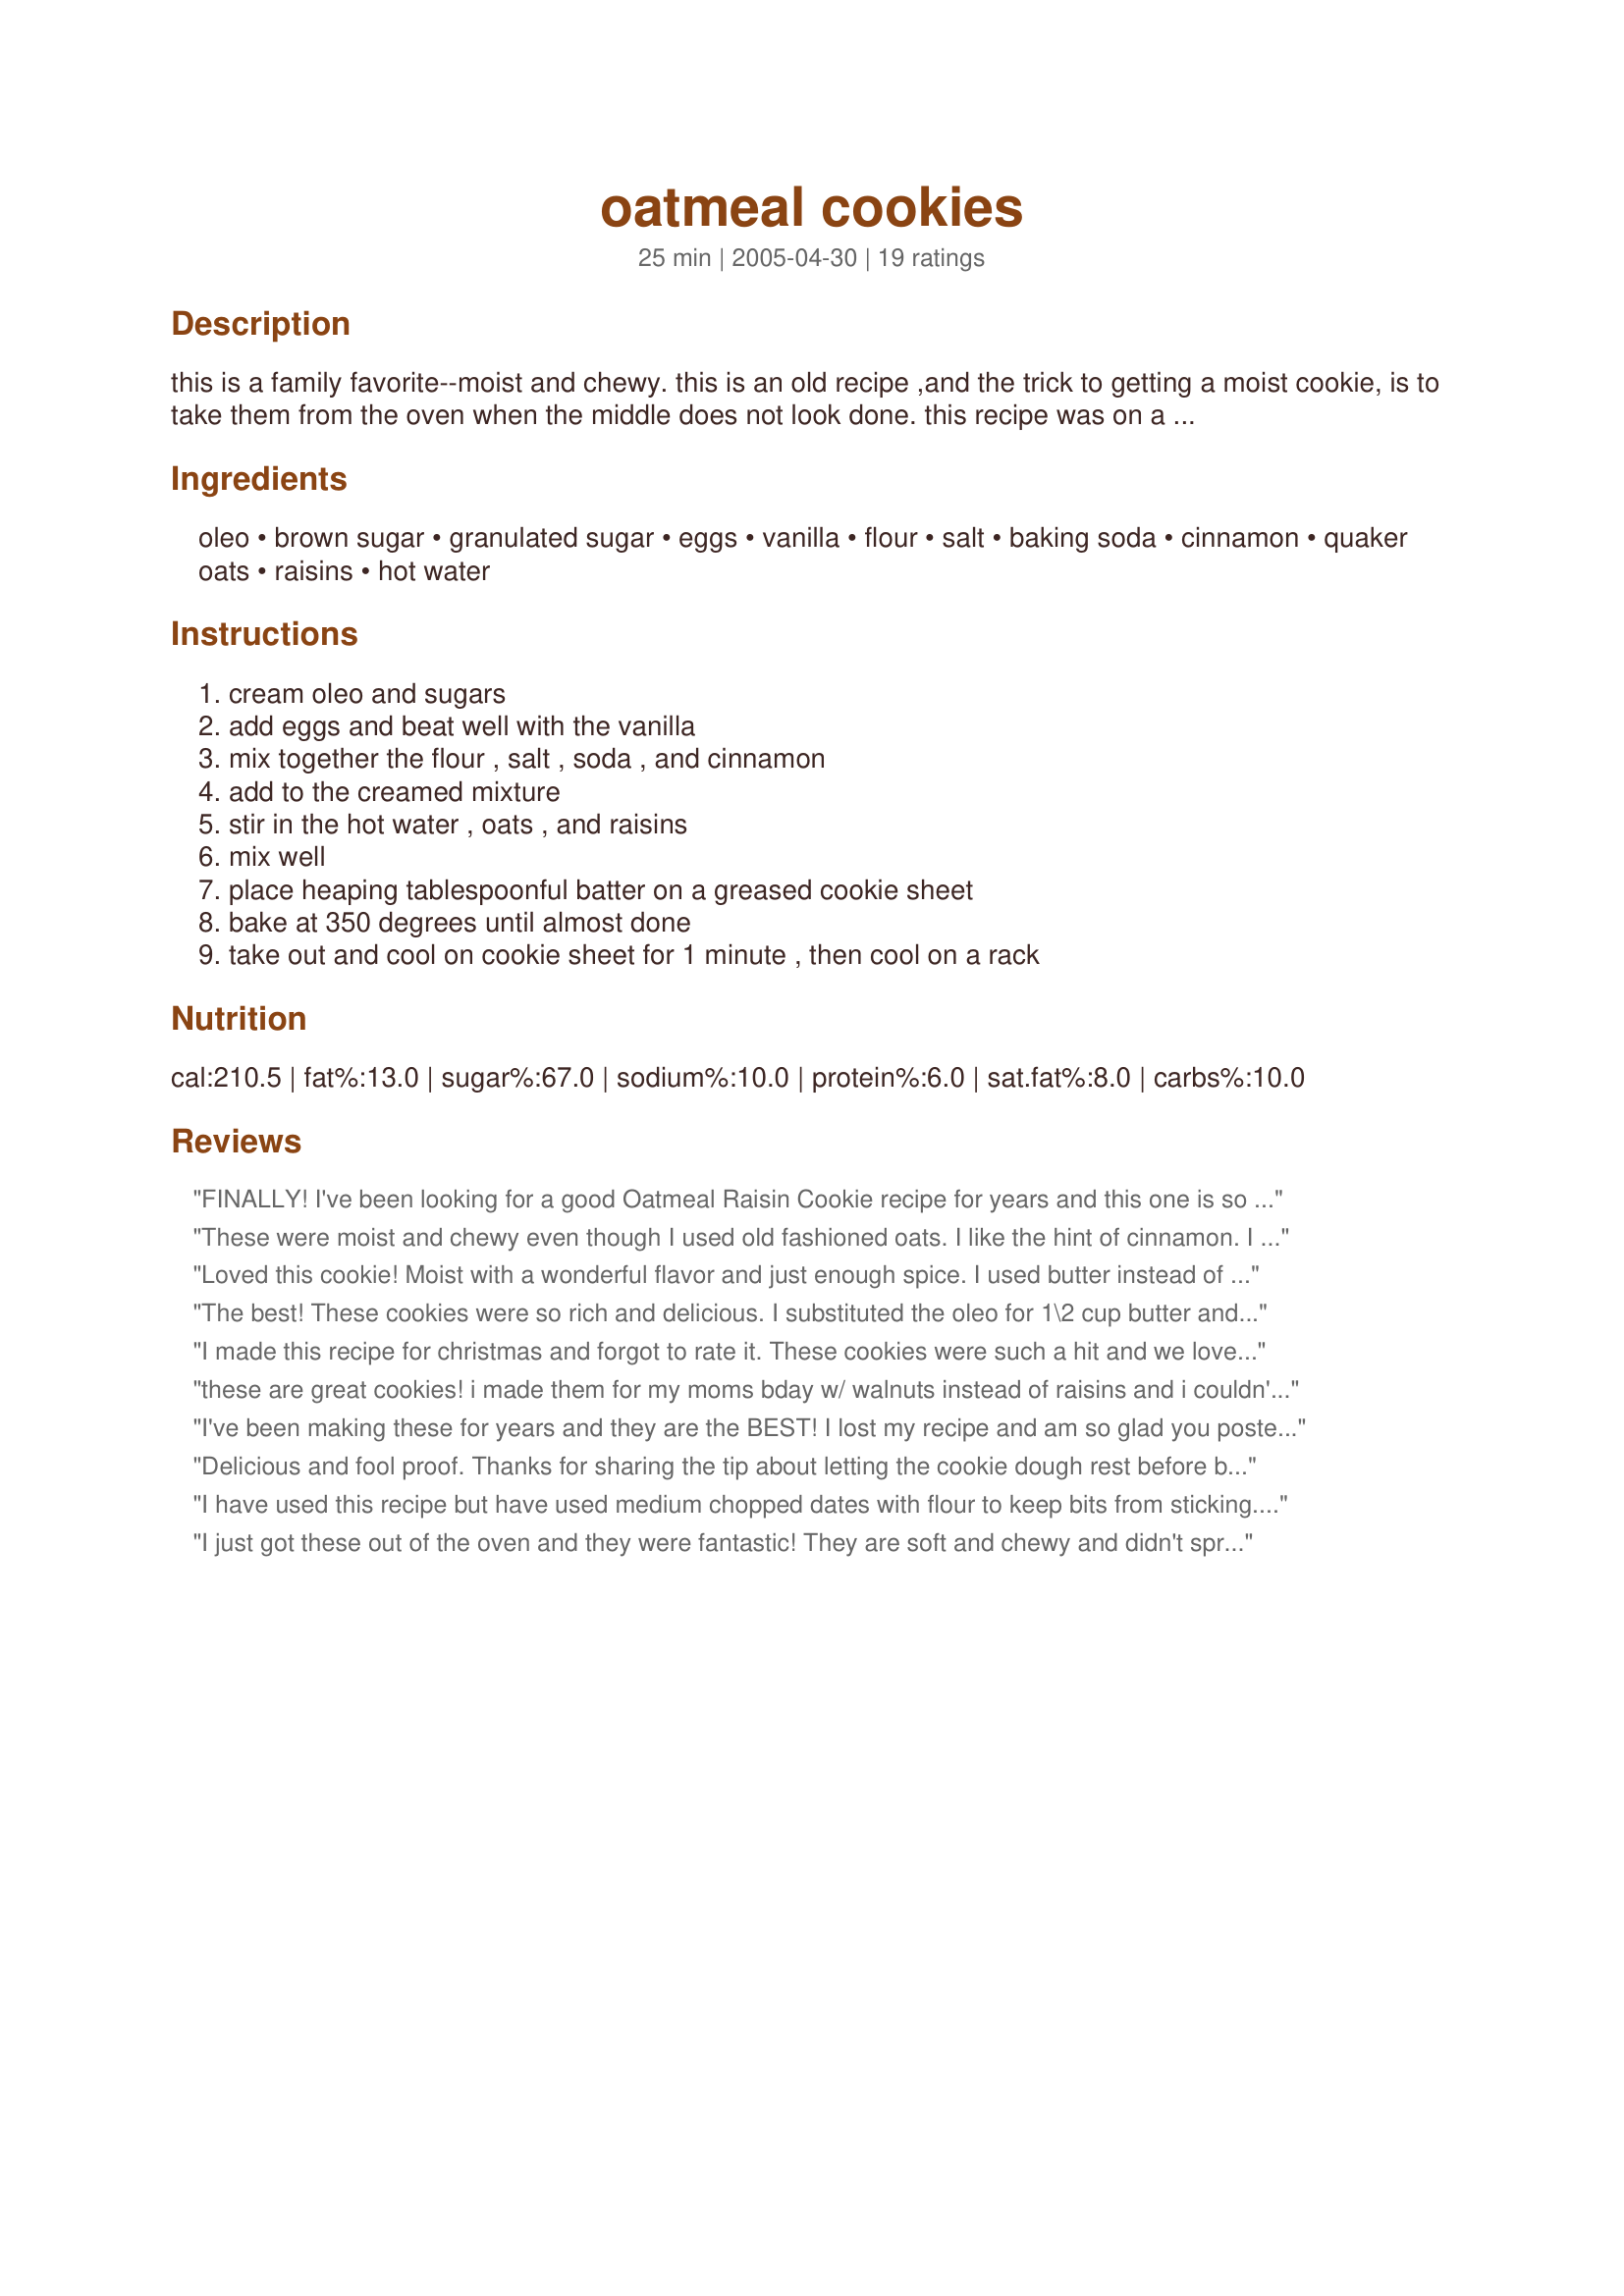
oatmeal cookies
Preparation time: 25 minutes

this is a family favorite--moist and chewy.
this is an old recipe ,and the trick to getting a moist cookie, is to take them from the oven when the middle does not look done.
this recipe was on a quaker oats box years ago.

Ingredients:
oleo, brown sugar, granulated sugar, eggs, vanilla, flour, salt, baking soda, cinnamon, quaker oats, raisins, hot water

Steps:
cream oleo and sugars, add eggs and beat well with the vanilla, mix together the flour , salt , soda , and cinnamon, add to the creamed mixture, stir in the hot water , oats , and raisins, mix well, place heaping tablespoonful batter on a greased cookie sheet, bake at 350 degrees until almost done, take out and cool on cookie sheet for 1 minute , then cool on a rack

Reviews:
FINALLY! I've been looking for a good Oatmeal Raisin Cookie recipe for years and this one is so simple and sooo delicious. The only problem was that it came out kinda thin...maybe I'll try adding 1/2 cup of flour next time. Other than that, they are fantastic.
These were moist and chewy even though I used old fashioned oats. I like the hint of cinnamon. I did use butter not oleo. I recently discovered the "trick" of underbaking cookies. Thanks for sharing! cg ;)
Loved this cookie! Moist with a wonderful flavor and just enough spice. I used butter instead of oleo, then dropped them using a small cookie scoop, and they turned out great! Will definitely save and make again.
The best! These cookies were so rich and delicious. I substituted the oleo for 1\2 cup butter and 1\2 cup Crisco. My husband was disappointed when I told him I was making Oatmeal Raisin cookies, but after tasting one he grabbed four more!
I made this recipe for christmas and forgot to rate it. These cookies were such a hit and we loved the flavor. They were so chewy and moist and one that will be made again and again. Thanks for sharing this great recipe. 
:)
these are great cookies! i made them for my moms bday w/ walnuts instead of raisins and i couldn't stay out of them before she came over, lol! everyone loved them!
I've been making these for years and they are the BEST! I lost my recipe and am so glad you posted it! Thanks!
Delicious and fool proof. Thanks for sharing the tip about letting the cookie dough rest before baking. I really noticed the spices in the batter!
I have used this recipe but have used medium chopped dates with flour to keep bits from sticking. I use three sugars: 1/4 cup each of white, brown and corn syrup - just taste richer. I mix and let set for thirty minutes the room temperature eggs, vinallia and cinnamon. Try it, your spices will double and bloom. When asked to bring finger food we bring these and get lots of requests for recipes.
I just got these out of the oven and they were fantastic! They are soft and chewy and didn't spread. I made them without raisins and the whole family (avid chocolate chip cookie fans) loved them. Thanks! These are in my cookbook now.
Oleo is butter. These spread for me more than I wanted for some reason and the edges kept on getting dark as well. They taste great but no ideal for a bake sale as they were so fragile to hold up in a bake sale with being delicate.
This recipe saved me. It was very easy and the cookies are great. I soaked the raisins in hot water in the absence of brandy, from the review comments. Thank you, Kim!!
I'm reviewing this because the texture was just what I was looking for, but I did deviate just a little to suit my taste. 
Mmmm..these are fabulous. They bake up puffy and chewy and beautifully golden browned at about 10 minutes. 

My deviation? I did plump the raisins..and used the Tbsp of raisin water, unheated, for the water in the recipe. I also added 1/4 tsp more of salt..cuz I think oatmeal always needs a little more to punch it up. I also added 3/4 cup finely chopped, toasted walnuts. Oh..I only had 1 stick of butter so had to sub in 1/2 cup shortening.
My kitchen smells heavenly! This was such an easy recipe, but it did not clearly state how long to bake the cookies. I went back and read the recipe again and found it. I'm hoping to sneak a little nutrition in my mother's diet of sweets.
This is "the" classic oatmeal cookie from the Quaker Oats box. How can you go wrong! Easy to make and yummy to eat. I've made these cookies for years and hope to make them for many more years!
I loved this recipe. I cut the sugar in half, and soaked the raisins in brandy for about four hours. I had to refrigerate the dough, as it was a little sticky. They turned out great, even with the reduced sugar. My boyfriend loved them too!
My DH is very picky about oatmeal cookies. They have to be just so. This recipe not only passed the test, he asked me to make them again. That's HUGE! I added butterscotch chips in place of the raisins, and they were wonderful. They stay moist forever, and since I used a scoop to make them, they were very quick and easy...thanks so much!
I made these last night and they were wonderful.
A fantastic cookie recipe. It holds it's shape in the oven and I love that! I will be using this cookie recipe this christmas for sure!
I loved this cookie! I used butter instead of oleo, and chocolate chips instead of raisins. Thanks for a yummy recipe!
